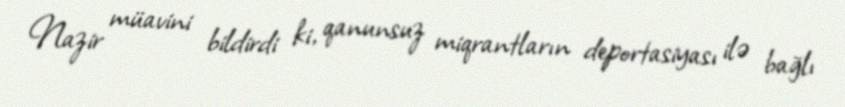
Nazir müavini bildirdi ki, qanunsuz miqrantların deportasiyası ilə bağlı